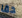
حقا